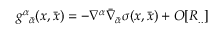
g _ { \; \; { \bar { \alpha } } } ^ { \alpha } ( x , { \bar { x } } ) = - \nabla ^ { \alpha } { \bar { \nabla } } _ { \bar { \alpha } } \sigma ( x , { \bar { x } } ) + O [ R _ { . . } ]